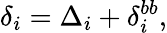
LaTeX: \delta_{i}=\Delta_{i}+\delta_{i}^{bb},